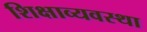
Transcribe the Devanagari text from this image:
शिक्षाव्यवस्था